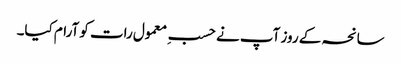
سانحہ کے روز آپ نے حسبِ معمول رات کو آرام کیا۔